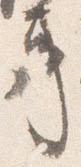
事